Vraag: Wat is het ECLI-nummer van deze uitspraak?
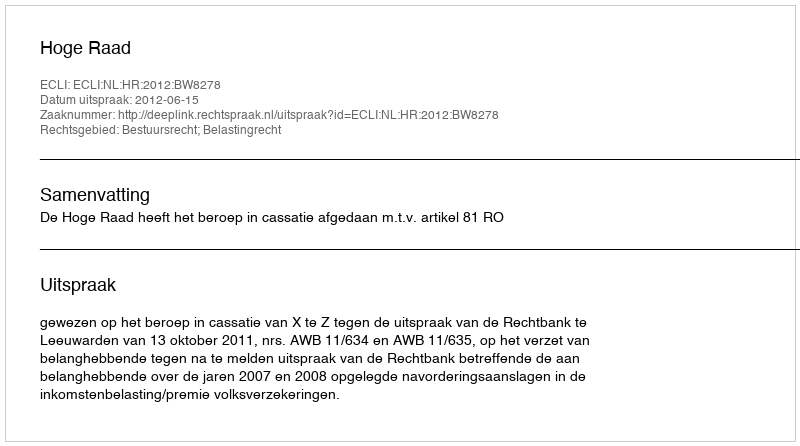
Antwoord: ECLI:NL:HR:2012:BW8278